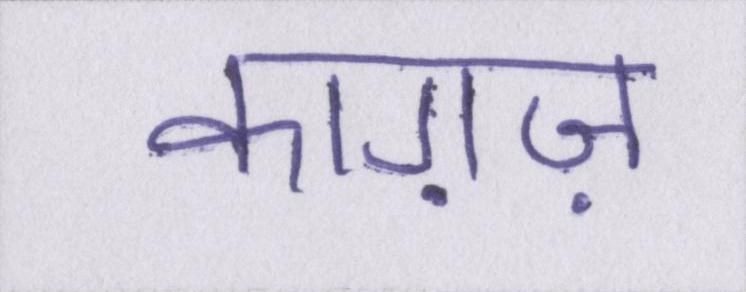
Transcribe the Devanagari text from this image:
काग़ज़